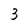
Character: 3